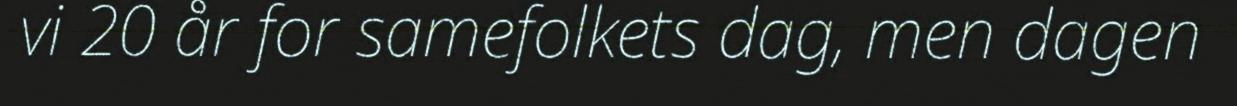
vi 20 år for samefolkets dag, men dagen